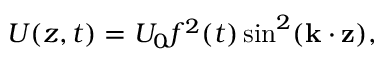
U ( z , t ) = U _ { 0 } f ^ { 2 } ( t ) \sin ^ { 2 } ( \mathbf { k \cdot z } ) ,